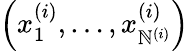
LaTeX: \left(x_{1}^{(i)},\dots,x_{\mathbb{N}^{(i)}}^{(i)}\right)